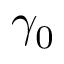
\gamma _ { 0 }